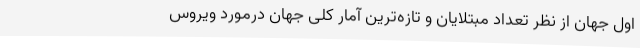
اول جهان از نظر تعداد مبتلایان و تازه‌ترین آمار کلی جهان درمورد ویروس